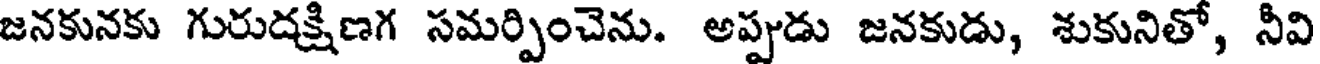
జనకునకు గురుదక్షిణగ సమర్పించెను. అప్పుడు జనకుడు, శుకునితో, నీవి